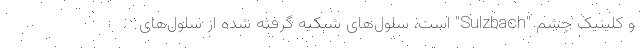
و کلینیک چشم "Sulzbach" است، سلول‌های شبکیه گرفته شده از سلول‌های